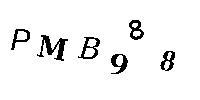
PMB988